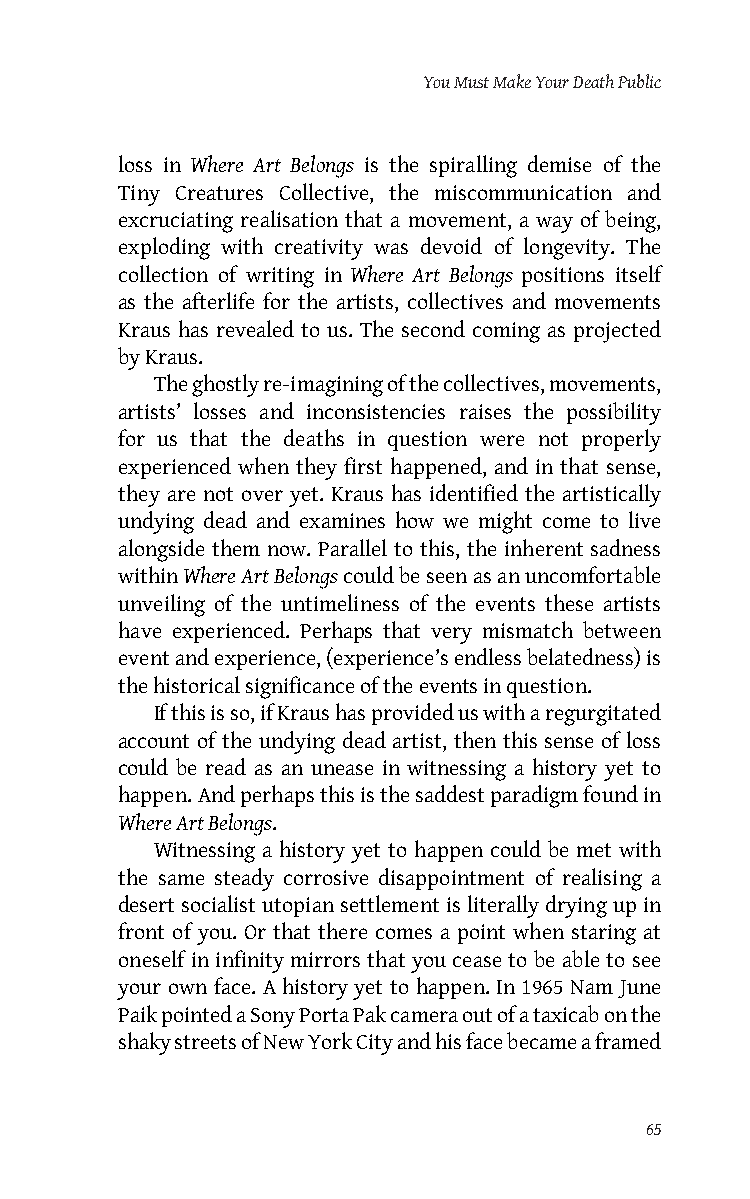
You Must Make Your Death Public
 loss in Where Art Belongs is the spiralling demise of the
 Tiny Creatures Collective, the miscommunication and
 excruciating realisation that a movement, a way of being,
 exploding with creativity was devoid of longevity. The
 collection of writing in Where Art Belongs positions itself
 as the afterlife for the artists, collectives and movements
 Kraus has revealed to us. The second coming as projected
 by Kraus.
 The ghostly re-imagining of the collectives, movements,
 artists’ losses and inconsistencies raises the possibility
 for us that the deaths in question were not properly
 experienced when they first happened, and in that sense,
 they are not over yet. Kraus has identified the artistically
 undying dead and examines how we might come to live
 alongside them now. Parallel to this, the inherent sadness
 within Where Art Belongs could be seen as an uncomfortable
 unveiling of the untimeliness of the events these artists
 have experienced. Perhaps that very mismatch between
 event and experience, (experience’s endless belatedness) is
 the historical significance of the events in question.
 If this is so, if Kraus has provided us with a regurgitated
 account of the undying dead artist, then this sense of loss
 could be read as an unease in witnessing a history yet to
 happen. And perhaps this is the saddest paradigm found in
 Where Art Belongs.
 Witnessing a history yet to happen could be met with
 the same steady corrosive disappointment of realising a
 desert socialist utopian settlement is literally drying up in
 front of you. Or that there comes a point when staring at
 oneself in infinity mirrors that you cease to be able to see
 your own face. A history yet to happen. In 1965 Nam June
 Paik pointed a Sony Porta Pak camera out of a taxicab on the
 shaky streets of New York City and his face became a framed
 65